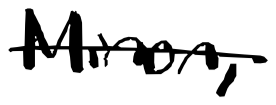
Text: Minor,
Cross-out: mix
Writing tool: digital_black